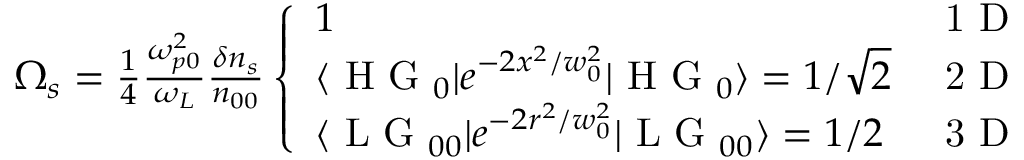
\begin{array} { r } { \Omega _ { s } = \frac { 1 } { 4 } \frac { \omega _ { p 0 } ^ { 2 } } { \omega _ { L } } \frac { \delta n _ { s } } { n _ { 0 0 } } \left\{ \begin{array} { l l } { 1 } & { \mathrm { ~ 1 ~ D ~ } } \\ { \langle \mathrm { ~ H ~ G ~ } _ { 0 } | e ^ { - 2 x ^ { 2 } / w _ { 0 } ^ { 2 } } | \mathrm { ~ H ~ G ~ } _ { 0 } \rangle = 1 / \sqrt { 2 } } & { \mathrm { ~ 2 ~ D ~ } } \\ { \langle \mathrm { ~ L ~ G ~ } _ { 0 0 } | e ^ { - 2 r ^ { 2 } / w _ { 0 } ^ { 2 } } | \mathrm { ~ L ~ G ~ } _ { 0 0 } \rangle = 1 / 2 } & { \mathrm { ~ 3 ~ D ~ } } \end{array} \right. } \end{array}